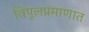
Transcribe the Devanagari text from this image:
विपूलप्रमाणात